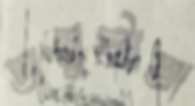
অনুষ্ঠাতা